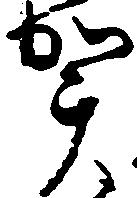
賀